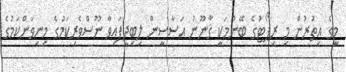
މީގެ އިތުރުން މި ރިޕޯޓުގެ ބޭނުމަކީ ޤާނޫނު އަސާސީން ލިބިދީފައިވާ ނޫސްވެރިކަމުގެ މިނިވަންކަމުގެ